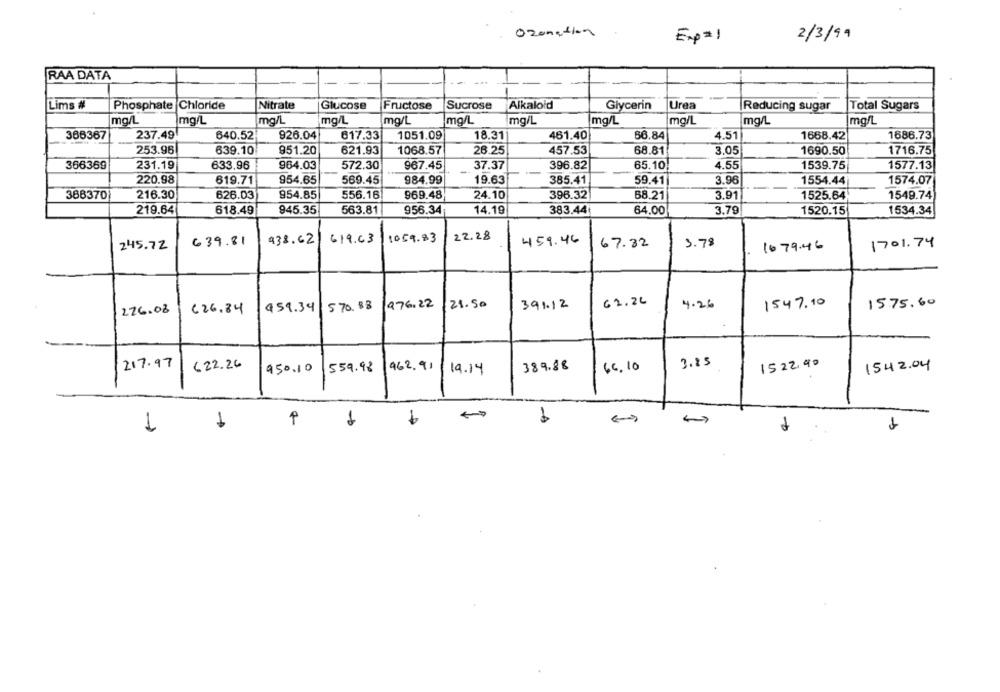
Ozonation
Exp=1
2/3/99
RAA DATA
Lims #
Phosphate Chloride
Nitrate
Glucose
Fructose
Sucrose
Alkaloid
Glycerin
Urea
Reducing sugar
Total Sugars
mg/L
mg/L
mg/L
mg/L
mg/L
mg/L
mg/L
mg/L
mg/L
mg/L
mg/L
366367
237.49
640.52
926.04
617.33
1051.09
18.31
461.40
66.84
4.51
1668.42
1886.73
253.96
639.10
951.20
621.93
1068.57
26.25
457.53
68.81
3.05
1690.50
1716.75
366369
231.19
633.96
964.03
572.30
967.45
37.37
396.82
65.10
4.55
1539.75
1577.13
220.98
954.65
569.45
984.99
19.63
385.41
3.96
1574.07
619.71
59.41
1554.44
388370
216.30
626.03
954.85
556.16
969.48
24.10
396.32
68.21
3.91
1525.64
1549.74
219.64
618.49
945.35
563.81
956.34
14.19
383.44
64.00
3.79
1520.15
1534.34
639.81
938.62
619.63
1059.83
22.28
459.46
3.78
245.72
67.32
1079.46
1701.74
976.22
21.50
391.12
61.2L
4.26
1547.10
1575.60
226.08
626.84
959.34
570.88
217.97
622.26
559.98
962.91
389.88
66,10
3.85
1522,90
1542.04
950.10
19.14
1
1
1